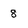
Character: 8